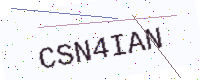
Text: CSN4IAN